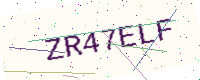
Text: ZR47ELF